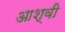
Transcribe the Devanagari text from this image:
आश्वी